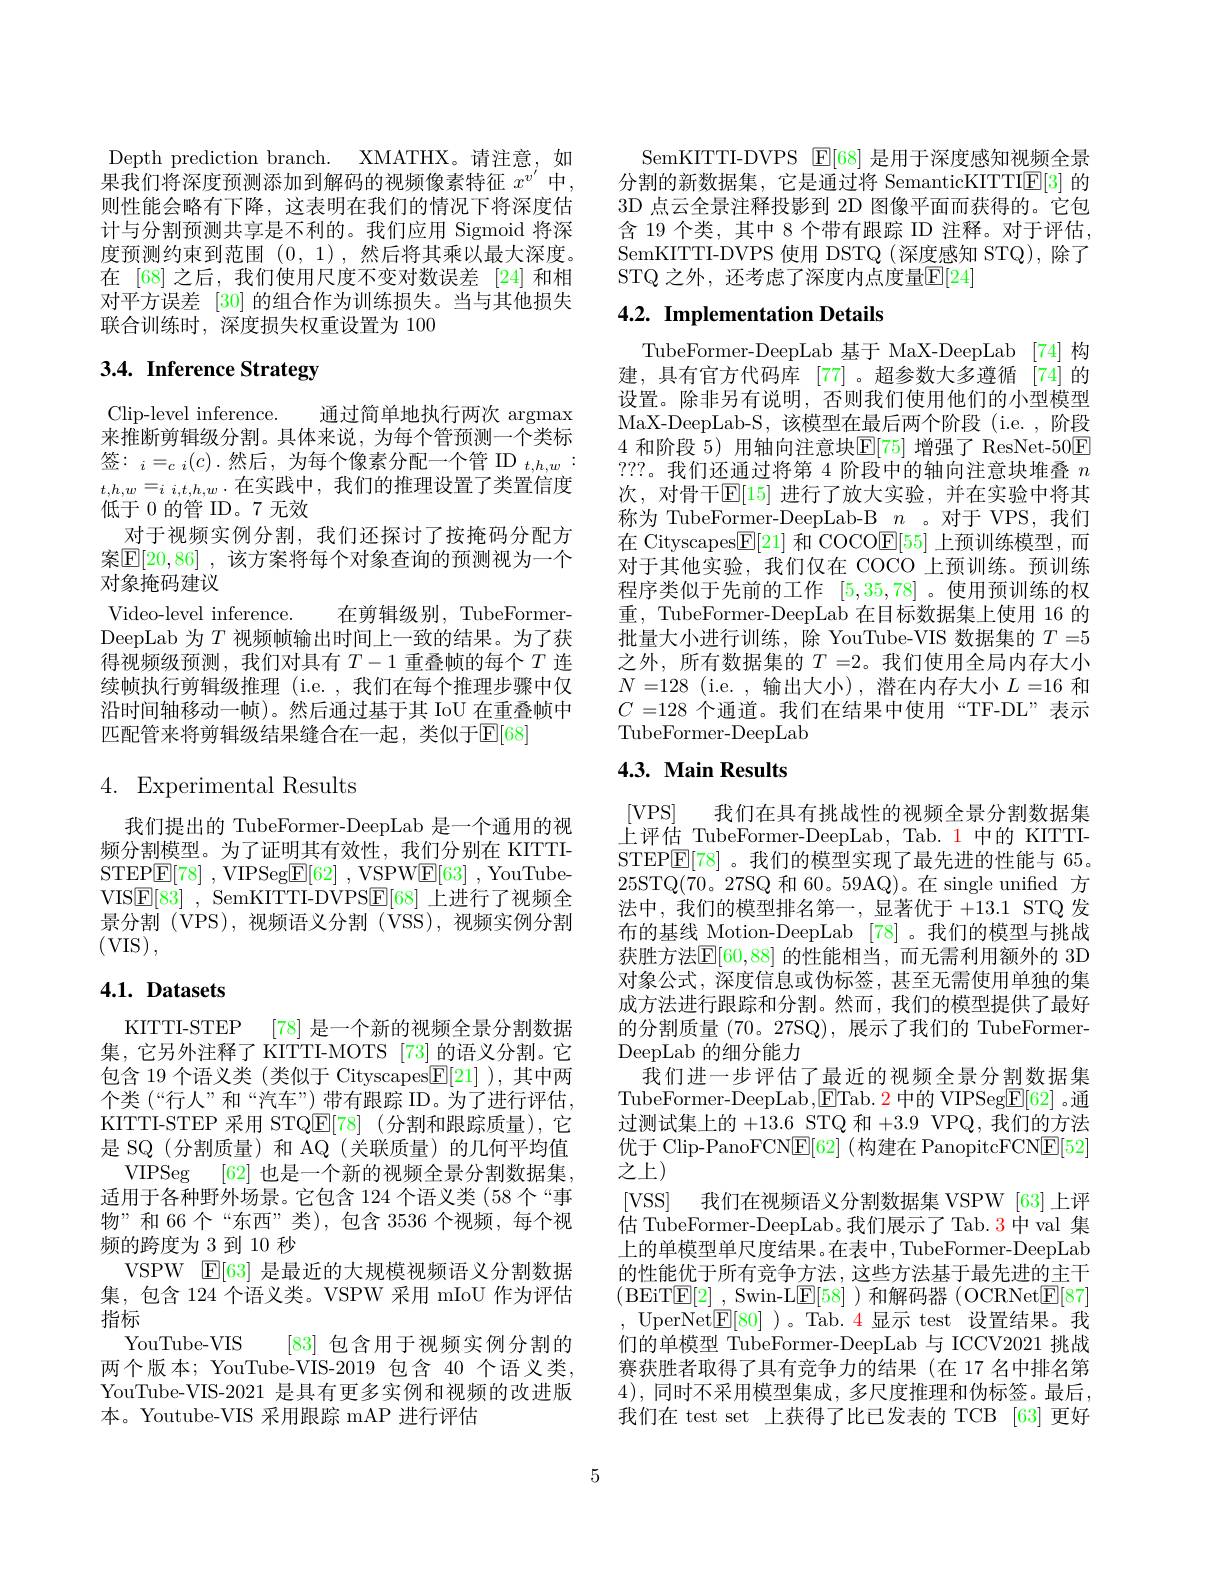
Depth prediction branch. XMATHX。请注意，如果我们将深度预测添加到解码的视频像素特征 $x^{v^{\prime}}$ 中， 则性能会略有下降，这表明在我们的情况下将深度估计与分割预测共享是不利的。我们应用 Sigmoid 将深度预测约束到范围(0,1),然后将其乘以最大深度。在 [68] 之后，我们使用尺度不变对数误差 [24]和相对平方误差 [30] 的组合作为训练损失。当与其他损失联合训练时，深度损失权重设置为 100

# 3.4. Inference Strategy

Clip-level inference. 通过简单地执行两次 argmax 来推断剪辑级分割。具体来说，为每个管预测一个类标签：$_i=_c{i}(c).$然后，为每个像素分配一个管 ID$_t,h,w$ $t.h.w=_{i.i.t.h.w}\cdot$在实践中，我们的推理设置了类置信度低于 0 的管 ID。7 无效
对于视频实例分割，我们还探讨了按掩码分配方案$\mathbb{E}[20,86]$ ,该方案将每个对象查询的预测视为一个对象掩码建议
Video-level inference.
在剪辑级别，TubeFormer-
DeepLab 为$T$ 视频帧输出时间上一致的结果。为了获得视频级预测，我们对具有$T-1$重叠帧的每个$T$连续帧执行剪辑级推理 (i.e. , 我们在每个推理步骤中仅沿时间轴移动一帧)。然后通过基于其 IoU 在重叠帧中匹配管来将剪辑级结果缝合在一起，类似于$\mathbb{E}[68]$

4. Experimental Results

我们提出的 TubeFormer-DeepLab 是一个通用的视频分割模型。为了证明其有效性，我们分别在 KITTISTEP$\boxed{\mathrm{E} [ 78] }$ ,VIPSeg$\boxed{\mathrm{E} [ 62] }$ ,VSPW$\boxed{\mathrm{E} [ 63] }$ ,YouTubeVISE[83] , SemKITTI-D***$\boxed{\mathrm{F}}[68]$上进行了视频全景分割(***),视频语义分割(VSS),视频实例分割(VIS),

## $4. 1. \textbf{ Datasets}$

KITTI-STEP [78] 是一个新的视频全景分割数据集，它另外注释了 KITTI-MOTS [73] 的语义分割。它包含 19 个语义类 (类似于 Cityscapes$\underline{\mathrm{E}}[21]$ ),其中两个类(“行人”和“汽车”)带有跟踪 ID。为了进行评估， KITTI-STEP 采用 STQ$\underline {\mathrm{E} }[ 78]$ (分割和跟踪质量),它是 SQ(分割质量)和 AQ(关联质量)的几何平均值
VIPSeg [62] 也是一个新的视频全景分割数据集， 适用于各种野外场景。它包含 124 个语义类 (58 个“事物”和 66 个“东西”类),包含 3536 个视频，每个视频的跨度为 3 到 10 秒
VSPW $\mathbb{E}[63]$是最近的大规模视频语义分割数据集，包含 124 个语义类。VSPW 采用 mIoU 作为评估指标
YouTube- VIS
[83]包含用于视频实例分割的
两个版本；YouTube-VIS-2019 包含 40 个语义类， YouTube-VIS-2021 是具有更多实例和视频的改进版本。Youtube-VIS 采用跟踪 mAP 进行评估

SemKITTI-D*** $\operatorname{E}[68]$是用于深度感知视频全景分割的新数据集，它是通过将 SemanticKITTI$\underline{\mathrm{E}}[3]$的3D 点云全景注释投影到 2D 图像平面而获得的。它包含 19 个类，其中 8 个带有跟踪 ID 注释。对于评估， SemKITTI-D*** 使用 DSTQ (深度感知 STQ), 除了STQ 之外，还考虑了深度内点度量$\mathbb{E}[24]$

# 4.2. Implementation Details

TubeFormer-DeepLab 基于 MaX-DeepLab [74]构建，具有官方代码库 [77]。超参数大多遵循 [74]的设置。除非另有说明，否则我们使用他们的小型模型MaX-DeepLab-S,该模型在最后两个阶段(i.e.,阶段4 和阶段 5) 用轴向注意块$\mathbb{E}[75]$ 增强了 ResNet-50$\boxed{\mathrm{F}}$ ???。我们还通过将第 4 阶段中的轴向注意块堆叠$n$ 次，对骨干$\overline{\mathbb{E}}[15]$ 进行了放大实验，并在实验中将其称为 TubeFormer-DeepLab-B $n$ 。对于 ***,我们在 Cityscapes$\boxed{\mathbb{F}}[21]$和 COCO$\boxed{\mathbb{E}}[55]$上预训练模型，而对于其他实验，我们仅在 COCO 上预训练。预训练程序类似于先前的工作[5,35,78] 。使用预训练的权重，TubeFormer-DeepLab 在目标数据集上使用 16 的批量大小进行训练，除 YouTube-VIS 数据集的$T=5$ 之外，所有数据集的$T=2$。我们使用全局内存大小$N=128$(i.e.,输出大小),潜在内存大小$L=16$ 和$C=128$个通道。我们在结果中使用“TF-DL”表示TubeFormer-DeepLab

## 4.3. Main Results

[***] 我们在具有挑战性的视频全景分割数据集上评估 TubeFormer-DeepLab, Tab. 1 中的 KITTISTEP$\underline{\mathrm{E}}[78]$ 。我们的模型实现了最先进的性能与 65。25STQ(70。27SQ 和 60。59AQ)。在 single unified 方法中，我们的模型排名第一，显著优于+13.1 STQ 发布的基线 Motion-DeepLab [78] 。我们的模型与挑战获胜方法$\mathbb{E}[60,88]$ 的性能相当，而无需利用额外的 3D 对象公式，深度信息或伪标签，甚至无需使用单独的集成方法进行跟踪和分割。然而，我们的模型提供了最好的分割质量(70。27SQ),展示了我们的 TubeFormerDeepLab 的细分能力
我们进一步评估了最近的视频全景分割数据集TubeFormer-DeepLab,$\underline{\mathrm{E}}$Tab. 2 中的 VIPSeg$\overline{\mathrm{E}}[62]$ 。通过测试集上的+13.6 STQ 和 +3.9 VPQ,我们的方法优于 Clip-PanoFCN$\underline{\mathrm{E}}[62]$ (构建在 PanopitcFCN$\underline{\mathrm{E}}[52]$ 之上)
[VSS] 我们在视频语义分割数据集 VSPW [63]上评估 TubeFormer-DeepLab。我们展示了 Tab.3中 val 集上的单模型单尺度结果。在表中，TubeFormer-DeepLab 的性能优于所有竞争方法，这些方法基于最先进的主干(BEiT$因 [ 2]$ ,Swin-L$因 [ 58]$ )和解码器(OCRNet$因[87]$ UperNet$\boxed{\mathrm{F}}[80]$ )。Tab.4 显示 test 设置结果。我们的单模型 TubeFormer-DeepLab 与 ICCV2021 挑战赛获胜者取得了具有竞争力的结果(在17 名中排名第4),同时不采用模型集成，多尺度推理和伪标签。最后， 我们在 test set 上获得了比已发表的 TCB [63]更好

5